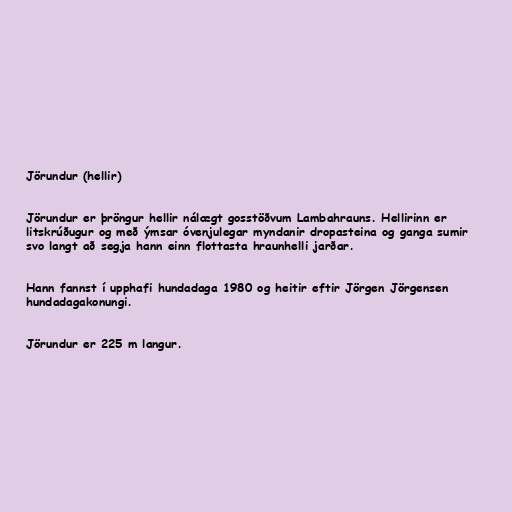
Jörundur (hellir)

Jörundur er þröngur hellir nálægt gosstöðvum Lambahrauns. Hellirinn er
litskrúðugur og með ýmsar óvenjulegar myndanir dropasteina og ganga sumir
svo langt að segja hann einn flottasta hraunhelli jarðar.

Hann fannst í upphafi hundadaga 1980 og heitir eftir Jörgen Jörgensen
hundadagakonungi.

Jörundur er 225 m langur.